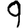
Digit: 9